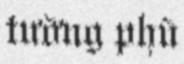
tường phù